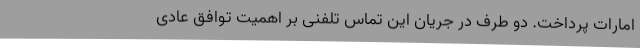
امارات پرداخت. دو طرف در جریان این تماس تلفنی بر اهمیت توافق عادی